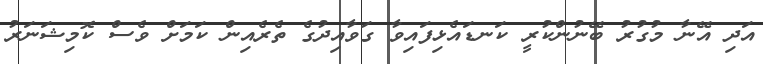
އަދި އޭނާ މުގުރު ބޭނުންކުރީ ކަނޑައެޅިފައިވާ ގަވާއިދުގެ ތެރެއިން ކަމަށް ވެސް ކޮމިޝަނަރު